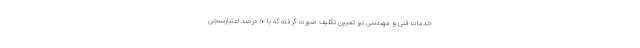
خدمات فنی و مهندسی نیز تعیین تکلیف صورت گرفته که با ۱۰ درصد اعتبارسنجی